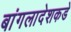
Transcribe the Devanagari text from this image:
बांगलादेशकडे